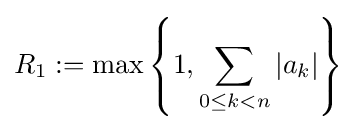
R_{1}:=\max \left\{1,\sum _{0\leq k<n}|a_{k}|\right\}